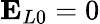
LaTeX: \mathbf{E}_{L0}=0